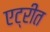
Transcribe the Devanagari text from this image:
एट्रीत